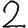
Digit: 2